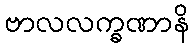
ဗာလလက္ခဏာနိ